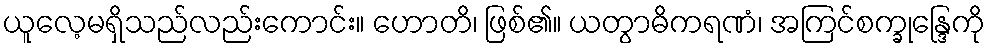
ယူလေ့မရှိသည်လည်းကောင်း။ ဟောတိ၊ ဖြစ်၏။ ယတွာဓိကရဏံ၊ အကြင်စက္ခုန္ဒြေကို